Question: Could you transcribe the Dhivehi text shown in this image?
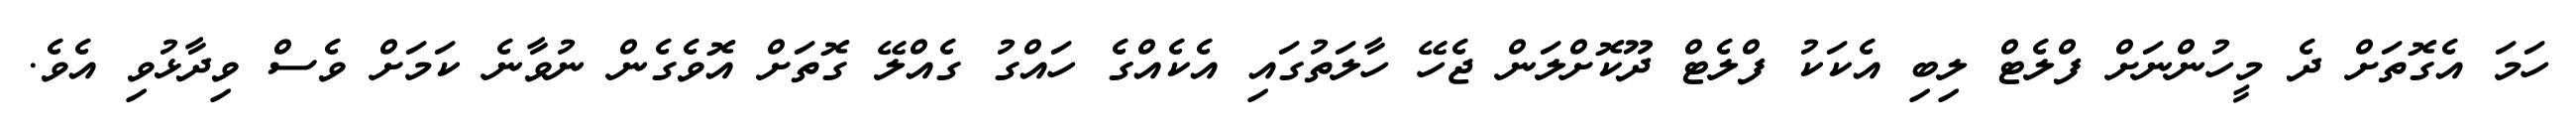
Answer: ހަމަ އެގޮތަށް ދެ މީހުންނަށް ފްލެޓް ލިބި އެކަކު ފްލެޓް ދޫކޮށްލަން ޖެހޭ ހާލަތުގައި އެކެއްގެ ހައްގު ގެއްލޭ ގޮތަށް އޮވެގެން ނުވާނެ ކަމަށް ވެސް ވިދާޅުވި އެވެ.